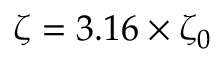
\zeta = 3 . 1 6 \times \zeta _ { 0 }